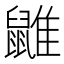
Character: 䶆